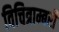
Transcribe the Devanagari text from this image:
विचित्राम्बरी